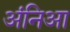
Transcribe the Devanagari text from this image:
अंनिआ